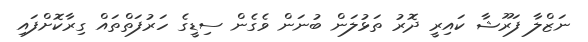
ނަޒްލާ ފަރޫޝާ ކައިރީ ދޮރު ތަޅުލަން ބުނަން ވެގެން ސިޑީގެ ހަރުފަތްތައް ގިރާކޮށްފައި